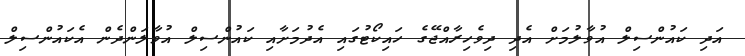
އަދި ކައުންސިލް އުވާލުމަށް އެދި ދިވެހިރާއްޖޭގެ ހައިކޯޓުގައި އެދުމަށާއި ކައުންސިލް އުވާލަންދެން އެކައުންސިލް